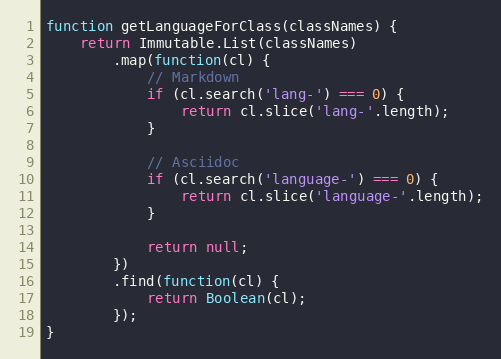
Language: JavaScript
function getLanguageForClass(classNames) {
    return Immutable.List(classNames)
        .map(function(cl) {
            // Markdown
            if (cl.search('lang-') === 0) {
                return cl.slice('lang-'.length);
            }

            // Asciidoc
            if (cl.search('language-') === 0) {
                return cl.slice('language-'.length);
            }

            return null;
        })
        .find(function(cl) {
            return Boolean(cl);
        });
}